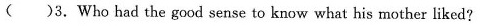
( )3.Who had the good sense to know what his mother liked?